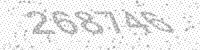
Solution: 268746